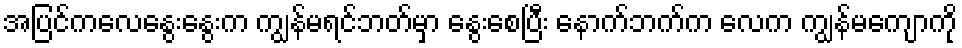
အပြင်ကလေနွေးနွေးက ကျွန်မရင်ဘတ်မှာ နွေးစေပြီး နောက်ဘက်က လေက ကျွန်မကျောကို